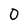
Character: 0